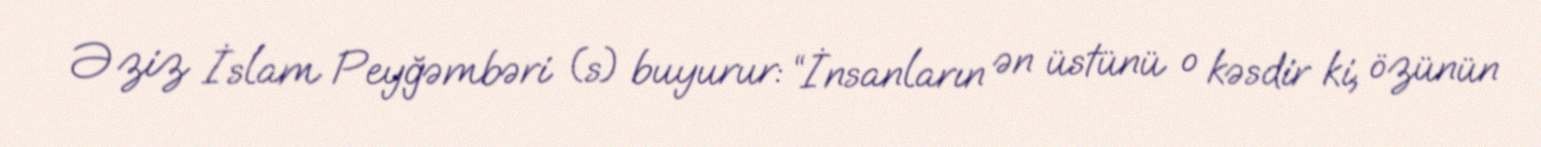
Əziz İslam Peyğəmbəri (s) buyurur: “İnsanların ən üstünü o kəsdir ki, özünün